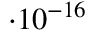
\cdot 1 0 ^ { - 1 6 }